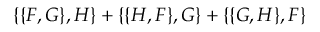
\{ \{ F , G \} , H \} + \{ \{ H , F \} , G \} + \{ \{ G , H \} , F \}